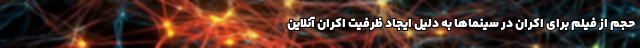
حجم از فیلم برای اکران در سینماها به دلیل ایجاد ظرفیت اکران آنلاین